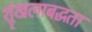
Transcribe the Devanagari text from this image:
श्रृंखलाबद्धता